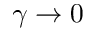
\gamma \to 0